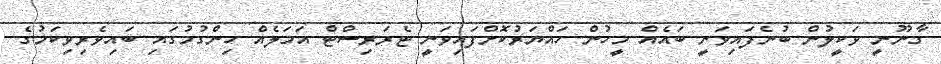
ގާނޫނީ ވަކީލުން ބުނެފައިވަނީ ބައެއް މީހުން ހައްޔަރުކޮށްފައިވަނީ ޓެރަރިސްޓް އަމަލެއް ހިންގުމުގައި ބައިވެރިވިކަމުގެ